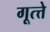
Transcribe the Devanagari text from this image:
गूत्त्ते